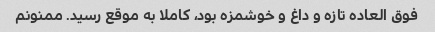
فوق العاده تازه و داغ و خوشمزه بود، کاملا به موقع رسید. ممنونم